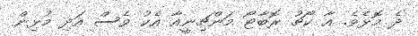
ދެ މޮޅެވެ. އާ ކޯޗު ރޮބާޓޯ މަންޗިނީއާ އެކު ވެސް އަދި މުޅިން